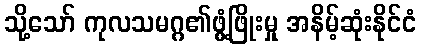
သို့သော် ကုလသမဂ္ဂ၏ဖွံ့ဖြိုးမှု အနိမ့်ဆုံးနိုင်ငံ